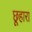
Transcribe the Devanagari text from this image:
छूहारा